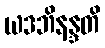
ယဒဘိနန္ဒတိ